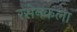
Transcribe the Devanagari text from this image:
रसेनकला